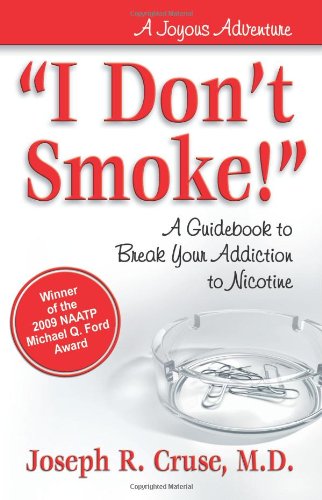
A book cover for "I Don't Smoke!": A Guidebook to Break Your Addiction to Nicotine (Joyous Adventures); Joseph Cruse; Health, Fitness & Dieting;